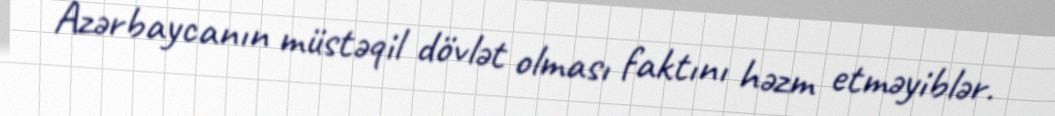
Azərbaycanın müstəqil dövlət olması faktını həzm etməyiblər.